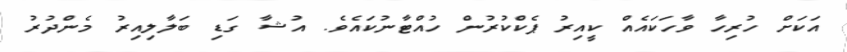
އަކަށް ހުރިހާ ވާހަކައެއް ކީއިރު ޕެކްކުރުން ހުއްޓާނުކައެވެ. އުޝާ ގަޑި ބަލާލިއިރު މެންދުރު